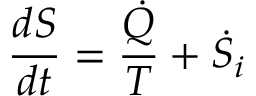
{ \frac { d S } { d t } } = { \frac { \dot { Q } } { T } } + { \dot { S } } _ { i }